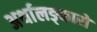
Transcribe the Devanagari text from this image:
अर्थालङ्कारो